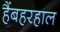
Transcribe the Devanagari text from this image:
हैंबहरहाल